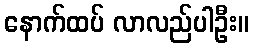
နောက်ထပ် လာလည်ပါဦး။